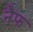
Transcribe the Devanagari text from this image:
नैफ